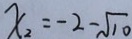
x _ { 2 } = - 2 - \sqrt { 1 0 }